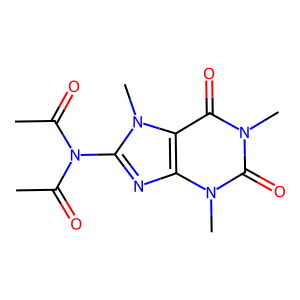
SMILES: CC(=O)N(C(C)=O)c1nc2c(c(=O)n(C)c(=O)n2C)n1C
Inhibits HIV replication: No